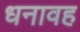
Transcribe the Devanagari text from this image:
धनावह